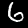
Digit: 6